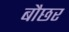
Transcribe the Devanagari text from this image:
बौछर